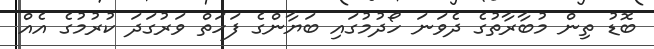
ބޮޑު ތިން މުބާރާތުގެ ދެވަނަ ހޯދުމުގައި ބަޔާންގެ ފަހަތް ވަރުގަދަ ކުރުމުގެ އެއް